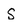
Character: S